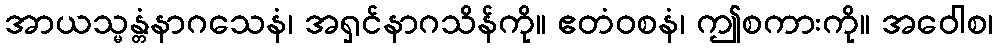
အာယသ္မန္တံနာဂသေနံ၊ အရှင်နာဂသိန်ကို။ ဧတံဝစနံ၊ ဤစကားကို။ အဝေါစ၊